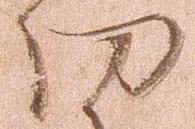
功